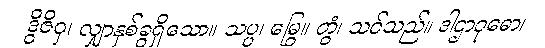
ဒွိဇိဝှ၊ လျှာနှစ်ခွရှိသော။ သပ္ပ၊ မြွေ။ တွံ၊ သင်သည်။ ဒါဌာဝုဓော၊